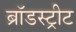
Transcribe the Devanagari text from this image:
ब्रॉडस्ट्रीट